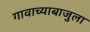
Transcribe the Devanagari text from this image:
गावाच्याबाजुला